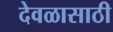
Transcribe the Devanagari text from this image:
देवळासाठी